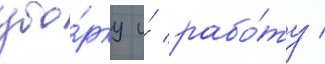
убо́рку и́ рабо́ту /